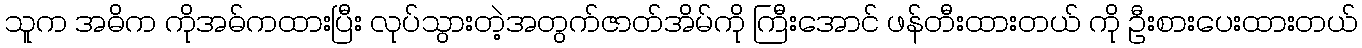
သူက အဓိက ကိုအဓ်ကထားပြီး လုပ်သွားတဲ့အတွက်ဇာတ်အိမ်ကို ကြီးအောင် ဖန်တီးထားတယ် ကို ဦးစားပေးထားတယ်